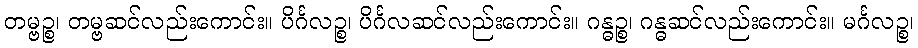
တမ္ဗဉ္စ၊ တမ္ဗဆင်လည်းကောင်း။ ပိင်္ဂလဉ္စ၊ ပိင်္ဂလဆင်လည်းကောင်း။ ဂန္ဓဉ္စ၊ ဂန္ဓဆင်လည်းကောင်း။ မင်္ဂလဉ္စ၊